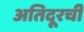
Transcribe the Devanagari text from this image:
अतिदूरची